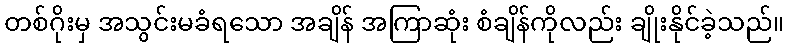
တစ်ဂိုးမှ အသွင်းမခံရသော အချိန် အကြာဆုံး စံချိန်ကိုလည်း ချိုးနိုင်ခဲ့သည်။